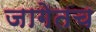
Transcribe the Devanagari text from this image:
जागेतच